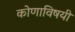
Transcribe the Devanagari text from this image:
कोणाविषयी